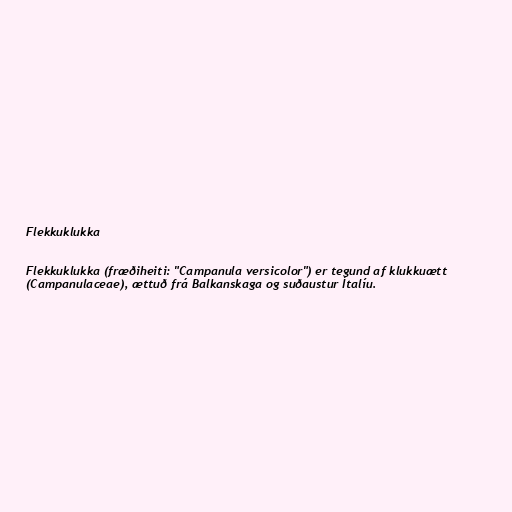
Flekkuklukka

Flekkuklukka (fræðiheiti: "Campanula versicolor") er tegund af klukkuætt
(Campanulaceae), ættuð frá Balkanskaga og suðaustur Ítalíu.